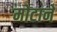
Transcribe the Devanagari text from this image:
मोटाने